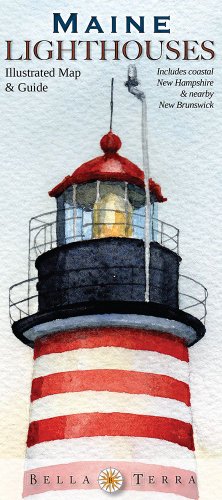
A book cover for Maine Lighthouses Illustrated Map & Guide; Bella Stander; Travel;